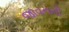
જાવનની